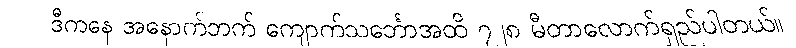
ဒီကနေ အနောက်ဘက် ကျောက်သင်္ဘောအထိ ၇၂၈ မီတာလောက်ရှည်ပါတယ်။